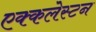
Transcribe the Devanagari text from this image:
एक्कलेस्टन